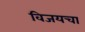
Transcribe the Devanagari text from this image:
विजयचा